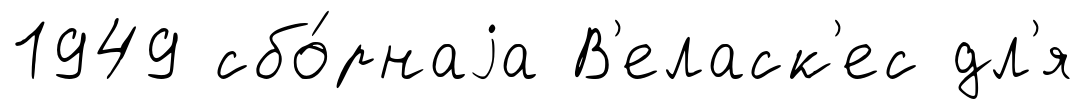
1949 сбо́рнаjа В'еласк'ес дл'я